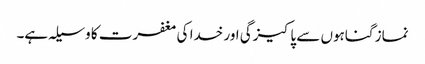
نماز گناہوں سے پاکیزگی اور خدا کی مغفرت کا وسیلہ ہے۔